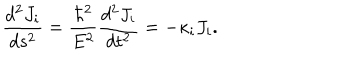
\frac { d ^ { 2 } J _ { i } } { d s ^ { 2 } } = \frac { \hbar ^ { 2 } } { E ^ { 2 } } \frac { d ^ { 2 } J _ { i } } { d t ^ { 2 } } = - \kappa _ { i } J _ { i } .